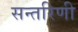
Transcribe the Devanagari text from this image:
सन्तरिणी